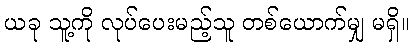
ယခု သူ့ကို လုပ်ပေးမည့်သူ တစ်ယောက်မျှ မရှိ။